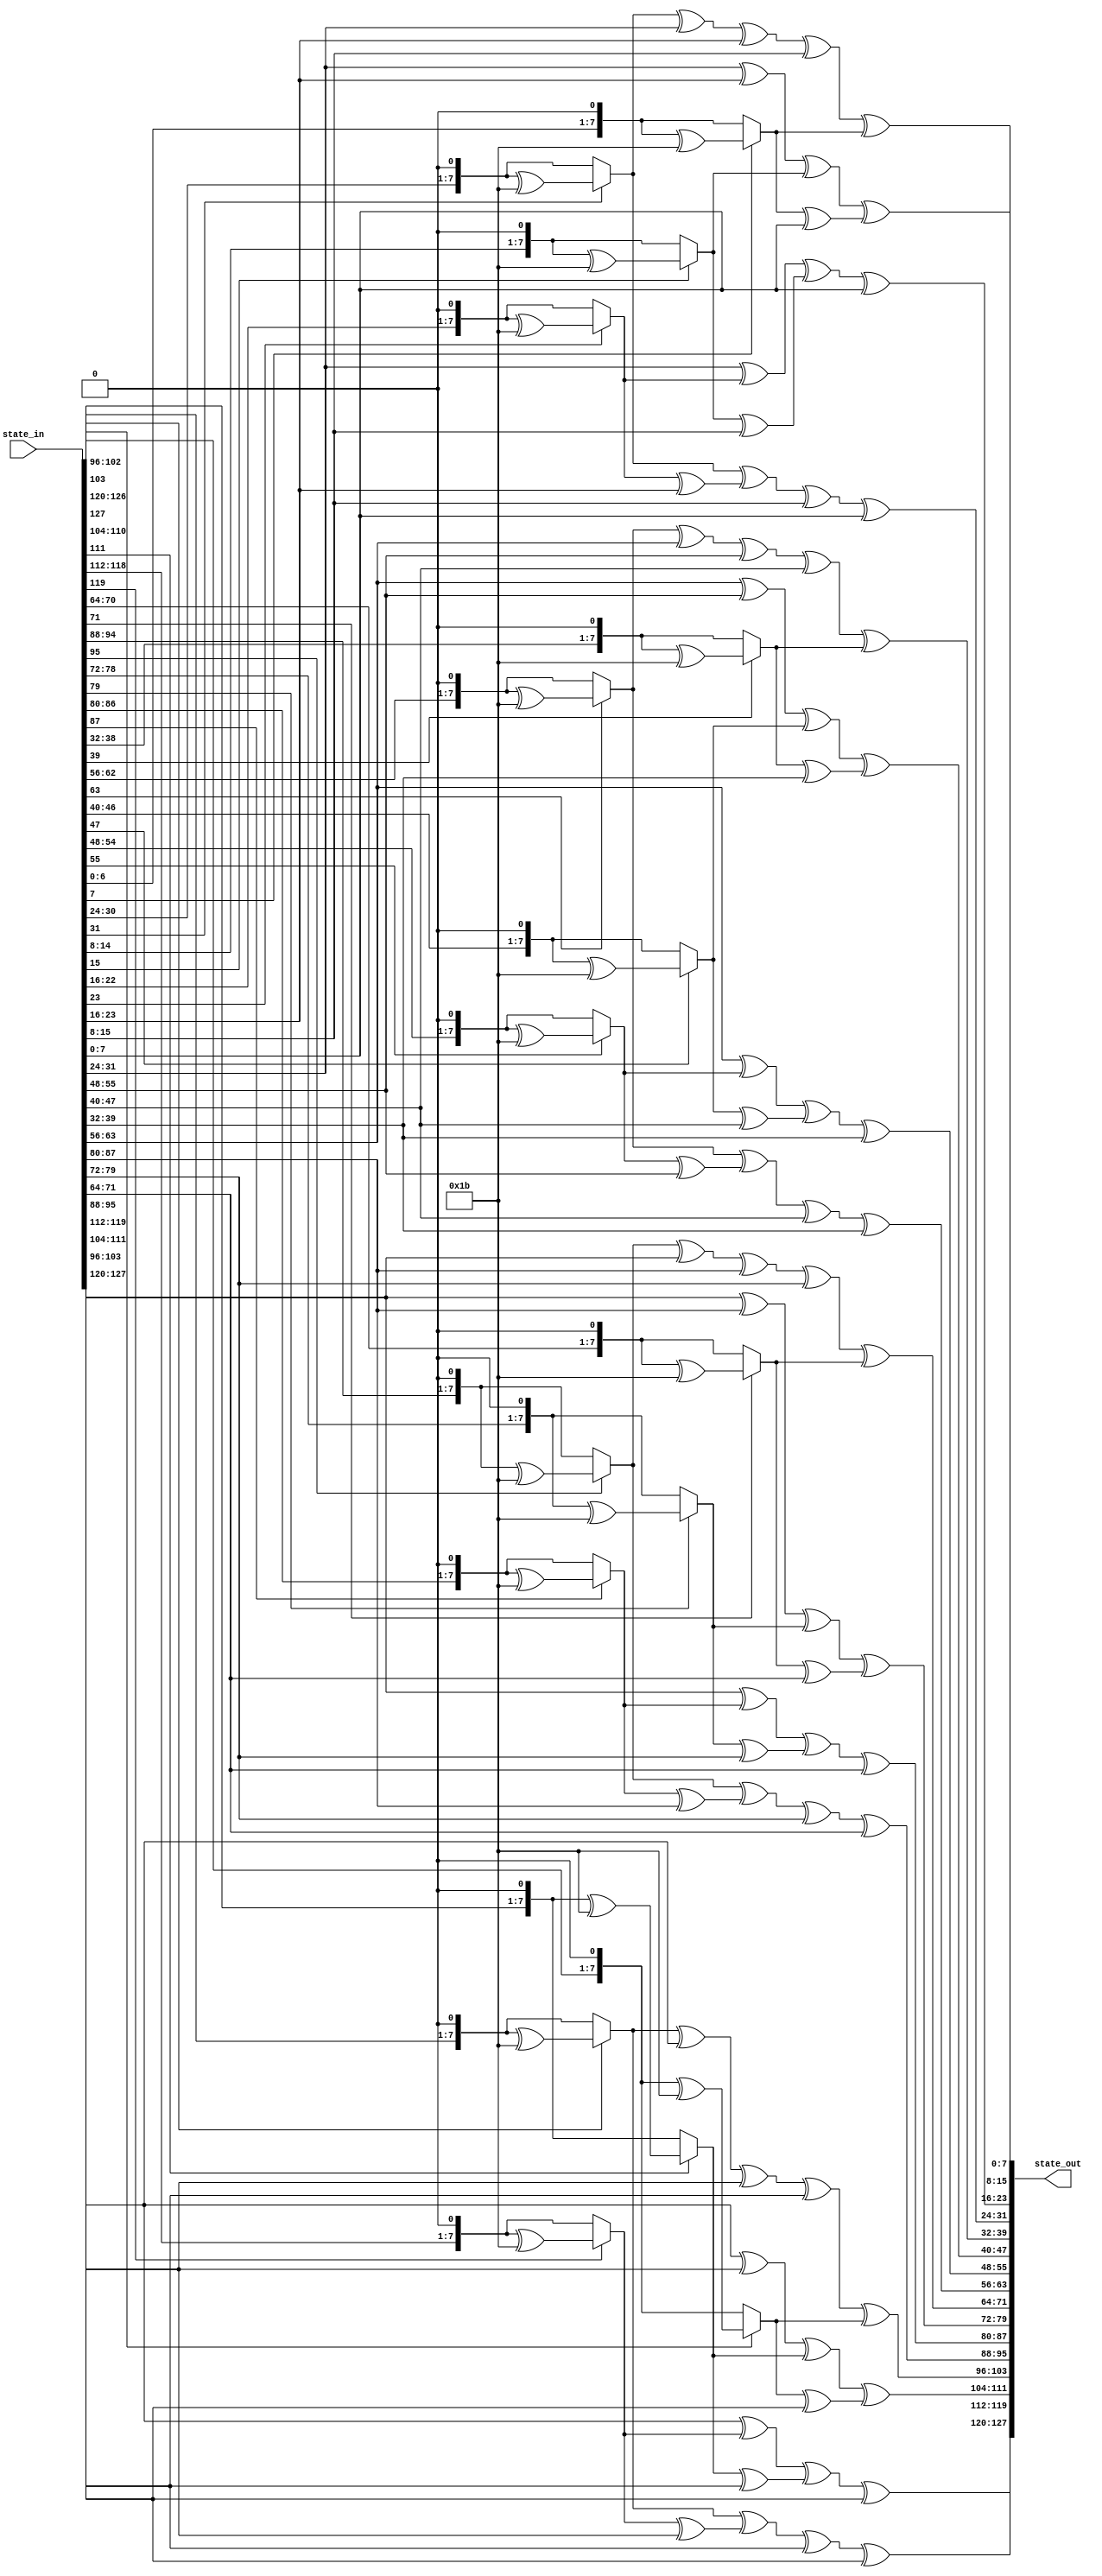
module MixColumns(input [127:0] state_in, output [127:0] state_out);

     function [7:0]mul2;
          input [7:0] a; // input

          if(a[7] == 1)
          begin
               mul2 = (a << 1) ^ 8'h1b;
          end
          else
          begin
               mul2 = a << 1;
          end
     endfunction

     function [7:0]mul3;
        input [7:0] a; // input
          begin
               mul3 = mul2(a) ^ a;
          end
     endfunction

     genvar i;
     generate
     for ( i=0;i<4 ;i=i+1 ) begin: setter_loop

          assign state_out[(31+(i*32)):(24+(i*32))] = mul2(state_in[(31+(i*32)):(24+(i*32))]) ^ mul3(state_in[(23+(i*32)):(16+(i*32))]) ^ state_in[(15+(i*32)):(8+(i*32))] ^ state_in[(7+(i*32)):(0+(i*32))];
          
          assign state_out[(23+(i*32)):(16+(i*32))] = state_in[(31+(i*32)):(24+(i*32))] ^ mul2(state_in[(23+(i*32)):(16+(i*32))]) ^ mul3(state_in[(15+(i*32)):(8+(i*32))]) ^ state_in[(7+(i*32)):(0+(i*32))];
          
          assign state_out[(15+(i*32)):(8+(i*32))]= state_in[(31+(i*32)):(24+(i*32))] ^ state_in[(23+(i*32)):(16+(i*32))] ^ mul2(state_in[(15+(i*32)):(8+(i*32))]) ^ mul3(state_in[(7+(i*32)):(0+(i*32))]);
          
          assign state_out[(7+(i*32)):(0+(i*32))] = mul3(state_in[(31+(i*32)):(24+(i*32))]) ^ state_in[(23+(i*32)):(16+(i*32))] ^ state_in[(15+(i*32)):(8+(i*32))] ^ mul2(state_in[(7+(i*32)):(0+(i*32))]);

     end
     endgenerate

endmodule

module InvMixColumns(input [127:0] state_in, output [127:0] state_out);

    function [7:0]mul2;
          input [7:0] a; // input

          if(a[7] == 1)
          begin
               mul2 = (a << 1) ^ 8'h1b;
          end
          else
          begin
               mul2 = a << 1;
          end
     endfunction

     function [7:0]mul;
        input [7:0] a; // input
        input [7:0] b; // input
        if(b == 8'h0e) begin
            mul = mul2(mul2(mul2(a))) ^ mul2(mul2(a)) ^ mul2(a);
        end
        else if(b == 8'h0b) begin
            mul = mul2(mul2(mul2(a))) ^ mul2(a) ^ a;
        end
        else if(b == 8'h0d) begin
            mul = mul2(mul2(mul2(a))) ^ mul2(mul2(a)) ^ a;
        end
        else if(b == 8'h09) begin
            mul = mul2(mul2(mul2(a))) ^ a;
        end
     endfunction


     genvar i;
     generate
     for ( i=0;i<4 ;i=i+1 ) begin: invsetter_loop

          assign state_out[(31+(i*32)):(24+(i*32))] = mul(state_in[(31+(i*32)):(24+(i*32))], 8'h0e) ^ mul(state_in[(23+(i*32)):(16+(i*32))], 8'h0b) ^ mul(state_in[(15+(i*32)):(8+(i*32))], 8'h0d) ^ mul(state_in[(7+(i*32)):(0+(i*32))], 8'h09);
          
          assign state_out[(23+(i*32)):(16+(i*32))] = mul(state_in[(31+(i*32)):(24+(i*32))], 8'h09) ^ mul(state_in[(23+(i*32)):(16+(i*32))], 8'h0e)^ mul(state_in[(15+(i*32)):(8+(i*32))], 8'h0b) ^ mul(state_in[(7+(i*32)):(0+(i*32))], 8'h0d);
          
          assign state_out[(15+(i*32)):(8+(i*32))]= mul(state_in[(31+(i*32)):(24+(i*32))], 8'h0d) ^ mul(state_in[(23+(i*32)):(16+(i*32))], 8'h09) ^ mul(state_in[(15+(i*32)):(8+(i*32))], 8'h0e) ^ mul(state_in[(7+(i*32)):(0+(i*32))], 8'h0b);
          
          assign state_out[(7+(i*32)):(0+(i*32))] = mul(state_in[(31+(i*32)):(24+(i*32))], 8'h0b) ^ mul(state_in[(23+(i*32)):(16+(i*32))], 8'h0d) ^ mul(state_in[(15+(i*32)):(8+(i*32))], 8'h09) ^ mul(state_in[(7+(i*32)):(0+(i*32))], 8'h0e);

     end
     endgenerate

endmodule